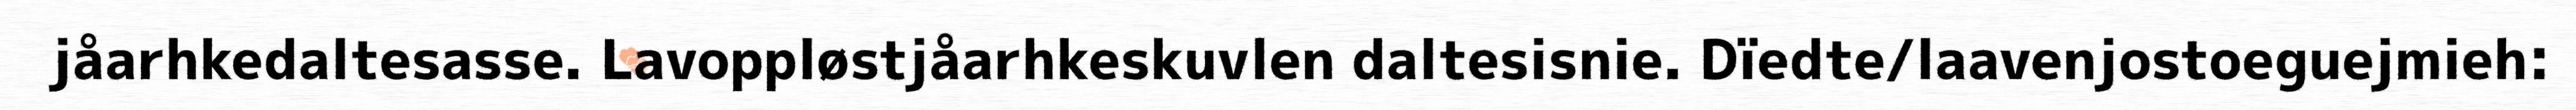
jåarhkedaltesasse. Lavoppløstjåarhkeskuvlen daltesisnie. Dïedte/laavenjostoeguejmieh: